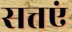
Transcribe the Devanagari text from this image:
सत्तएं